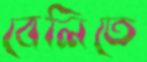
বেলিতে